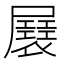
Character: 㞡